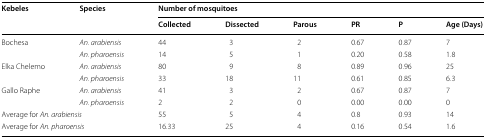
| <ROWSPAN=2> Kebeles | <ROWSPAN=2> Species | <COLSPAN=6> Number of mosquitoes |
 | Collected | Dissected | Parous | PR | P | Age (Days) |
 | --- | --- | --- | --- | --- | --- | --- | --- |
 | <ROWSPAN=2> Bochesa | An. arabiensis | 44 | 3 | 2 | 0.67 | 0.87 | 7 |
 | An. pharoensis | 14 | 5 | 1 | 0.20 | 0.58 | 1.8 |
 | <ROWSPAN=2> Elka Chelemo | An. arabiensis | 80 | 9 | 8 | 0.89 | 0.96 | 25 |
 | An. pharoensis | 33 | 18 | 11 | 0.61 | 0.85 | 6.3 |
 | <ROWSPAN=2> Gallo Raphe | An. arabiensis | 41 | 3 | 2 | 0.67 | 0.87 | 7 |
 | An. pharoensis | 2 | 2 | 0 | 0.00 | 0.00 | 0 |
 | <COLSPAN=2> Average for An. arabiensis | 55 | 5 | 4 | 0.8 | 0.93 | 14 |
 | <COLSPAN=2> Average for An. pharoensis | 16.33 | 25 | 4 | 0.16 | 0.54 | 1.6 |